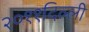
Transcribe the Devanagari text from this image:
२०११दिल्ली